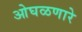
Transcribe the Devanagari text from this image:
ओघळणारे